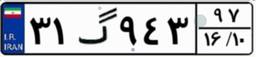
۲۴گ۳۴۵۱۹